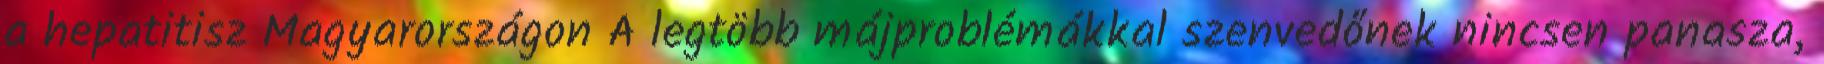
a hepatitisz Magyarországon A legtöbb májproblémákkal szenvedőnek nincsen panasza,